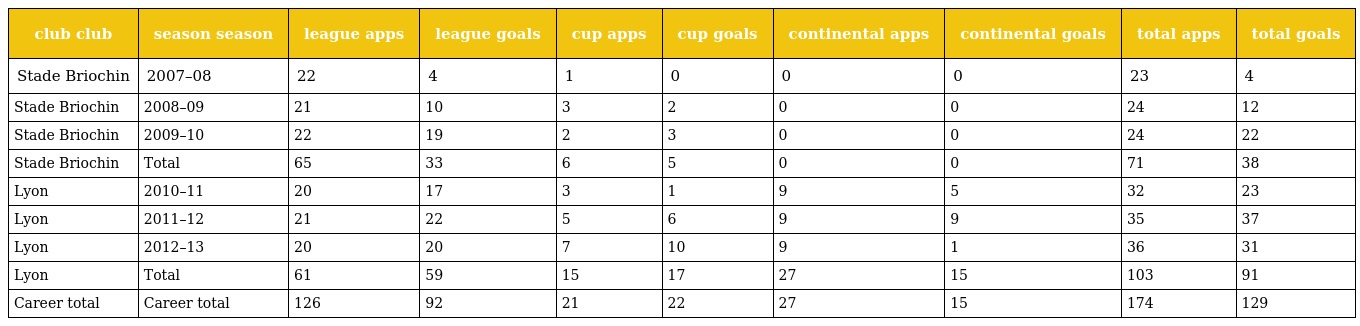
| club club | season season | league apps | league goals | cup apps | cup goals | continental apps | continental goals | total apps | total goals |
 | --- | --- | --- | --- | --- | --- | --- | --- | --- | --- |
 | Stade Briochin | 2007–08 | 22 | 4 | 1 | 0 | 0 | 0 | 23 | 4 |
 | Stade Briochin | 2008–09 | 21 | 10 | 3 | 2 | 0 | 0 | 24 | 12 |
 | Stade Briochin | 2009–10 | 22 | 19 | 2 | 3 | 0 | 0 | 24 | 22 |
 | Stade Briochin | Total | 65 | 33 | 6 | 5 | 0 | 0 | 71 | 38 |
 | Lyon | 2010–11 | 20 | 17 | 3 | 1 | 9 | 5 | 32 | 23 |
 | Lyon | 2011–12 | 21 | 22 | 5 | 6 | 9 | 9 | 35 | 37 |
 | Lyon | 2012–13 | 20 | 20 | 7 | 10 | 9 | 1 | 36 | 31 |
 | Lyon | Total | 61 | 59 | 15 | 17 | 27 | 15 | 103 | 91 |
 | Career total | Career total | 126 | 92 | 21 | 22 | 27 | 15 | 174 | 129 |